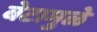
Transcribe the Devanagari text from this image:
बेटामुळे